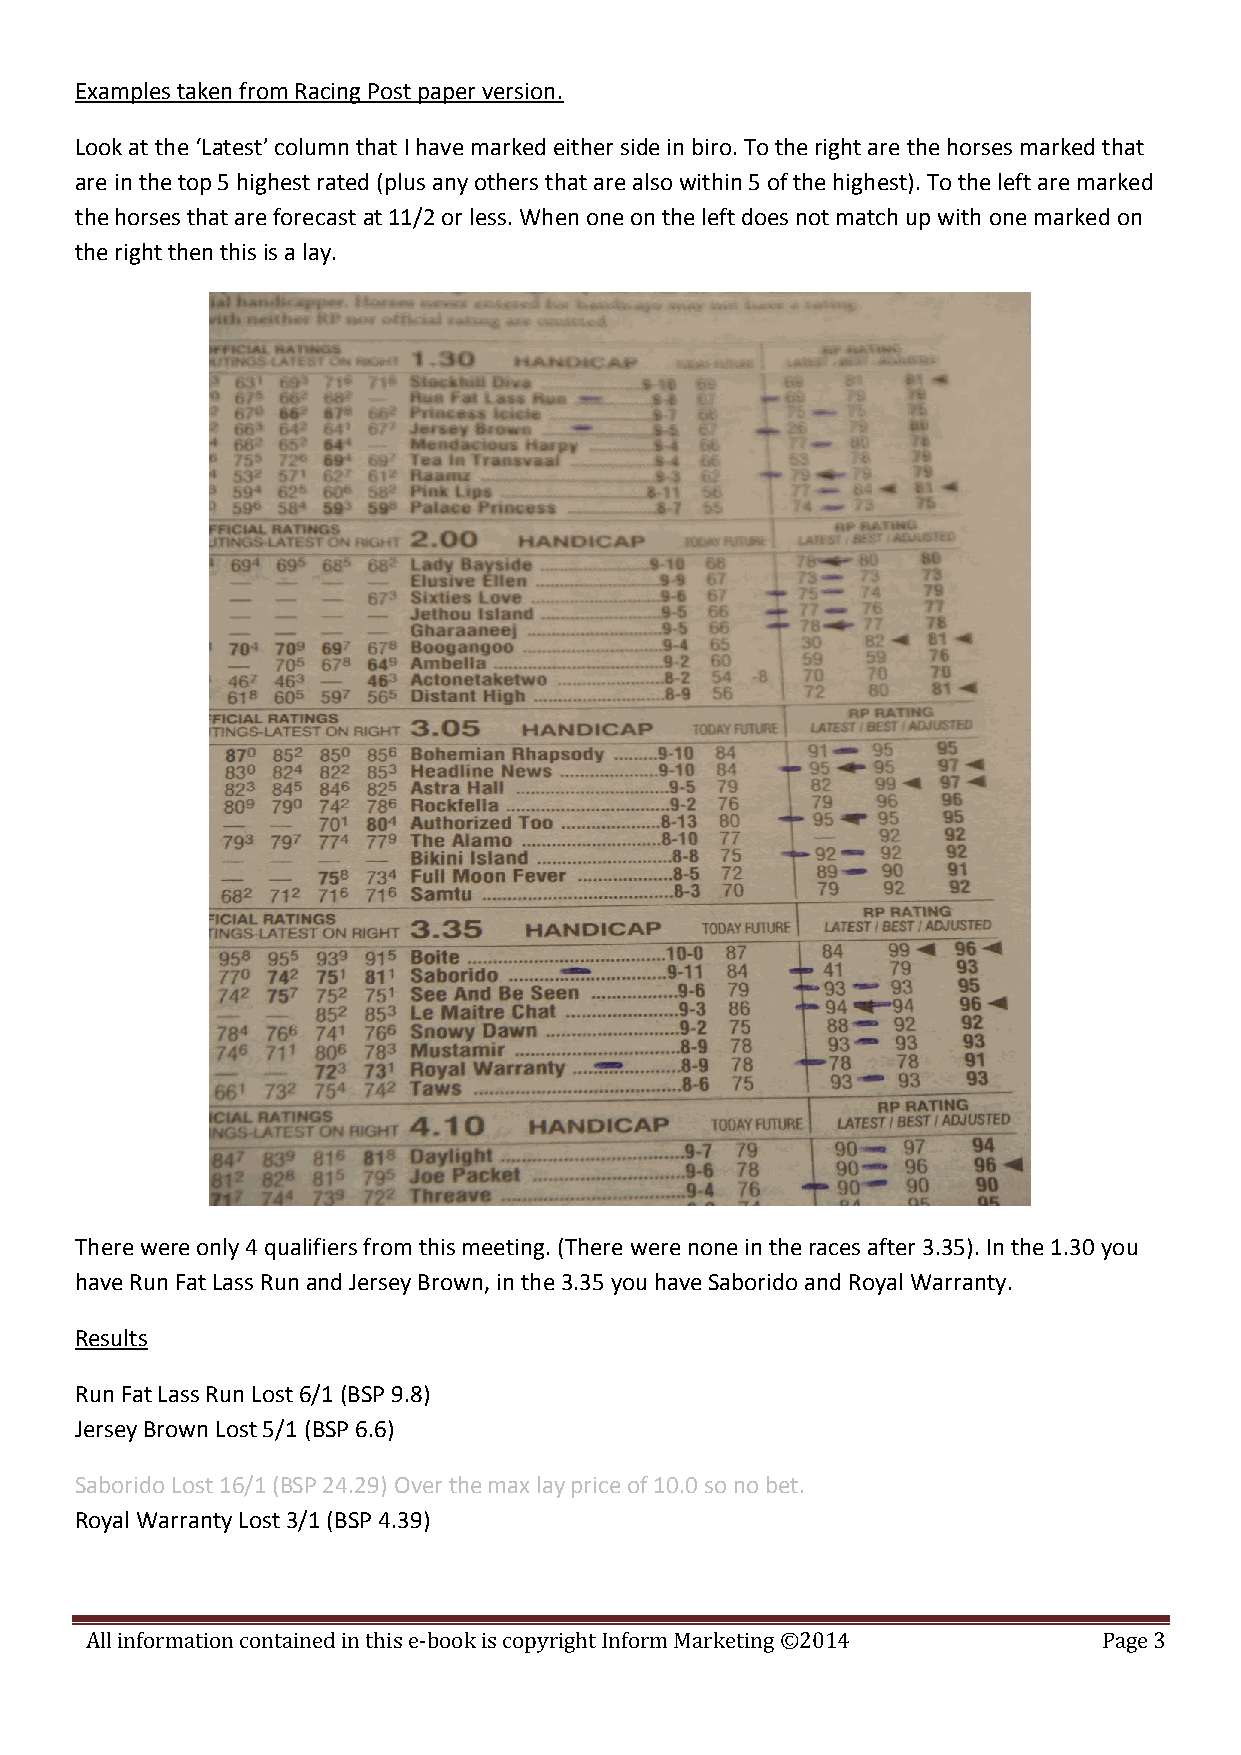
Examples taken from Racing Post paper version.
 Look at the ‘Latest’ column that I have marked either side in biro. To the right are the horses marked that
 are in the top 5 highest rated (plus any others that are also within 5 of the highest). To the left are marked
 the horses that are forecast at 11/2 or less. When one on the left does not match up with one marked on
 the right then this is a lay.
 There were only 4 qualifiers from this meeting. (There were none in the races after 3.35). In the 1.30 you
 have Run Fat Lass Run and Jersey Brown, in the 3.35 you have Saborido and Royal Warranty.
 Results
 Run Fat Lass Run Lost 6/1 (BSP 9.8)
 Jersey Brown Lost 5/1 (BSP 6.6)
 Saborido Lost 16/1 (BSP 24.29) Over the max lay price of 10.0 so no bet.
 Royal Warranty Lost 3/1 (BSP 4.39)
 All information contained in this e-book is copyright Inform Marketing ©2014 Page 3